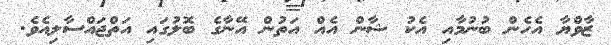
ޒާވްޔާ އެހެން ބުނުމާއި އެކު ޝާން އެއް އަތުން އޭނާގެ ބޮލުގައި އަތްޖައްސާލިއެވެ.